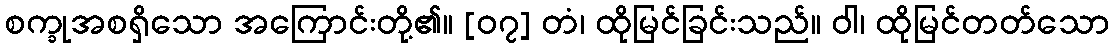
စက္ခုအစရှိသော အကြောင်းတို့၏။ [၀၇] တံ၊ ထိုမြင်ခြင်းသည်။ ဝါ၊ ထိုမြင်တတ်သော